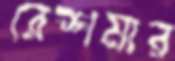
রেশমার